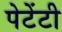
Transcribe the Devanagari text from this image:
पेटेंटी